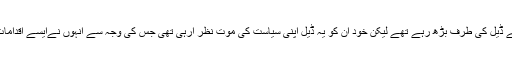
اگرچہ شریفوں کو ڈھیل دینے والے عمران خان کی بہتری کے لئے ڈیل کی طرف بڑھ رہے تھے لیکن خود ان کو یہ ڈیل اپنی سیاست کی موت نظر آرہی تھی جس کی وجہ سے انہوں نےایسے اقدامات شروع کروائے جس کی وجہ سے ڈیل ناکام ہوتی نظر آنے لگی۔